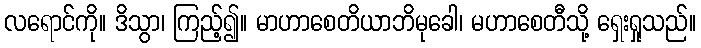
လရောင်ကို။ ဒိသွာ၊ ကြည့်၍။ မာဟာစေတိယာဘိမုခေါ၊ မဟာစေတီသို့ ရှေးရှုသည်။